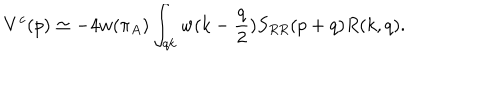
LaTeX: V ^ { c } ( p ) \simeq - 4 w ( \pi _ { A } ) \int _ { q k } w ( k - { \frac { q } { 2 } } ) S _ { R R } ( p + q ) R ( k , q ) .